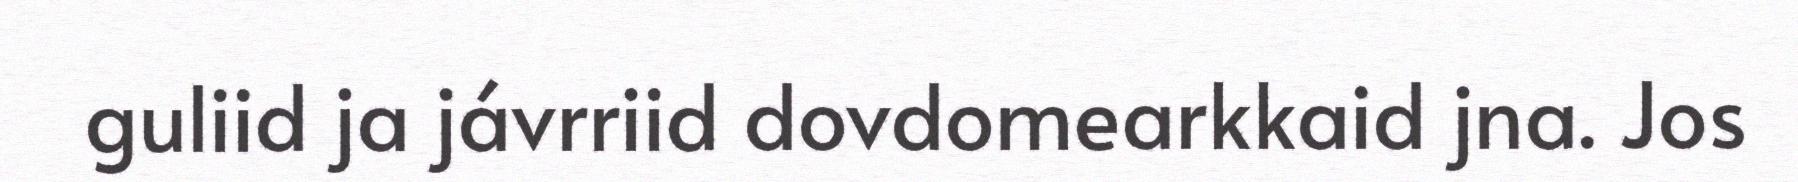
guliid ja jávrriid dovdomearkkaid jna. Jos